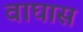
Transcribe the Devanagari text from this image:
वाघास